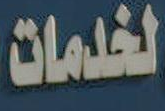
لخدمات